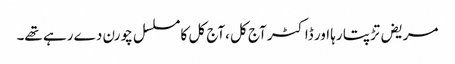
مریض تڑپتا رہا اور ڈاکٹر آج کل ،آج کل کا مسلسل چورن دے رہے تھے۔